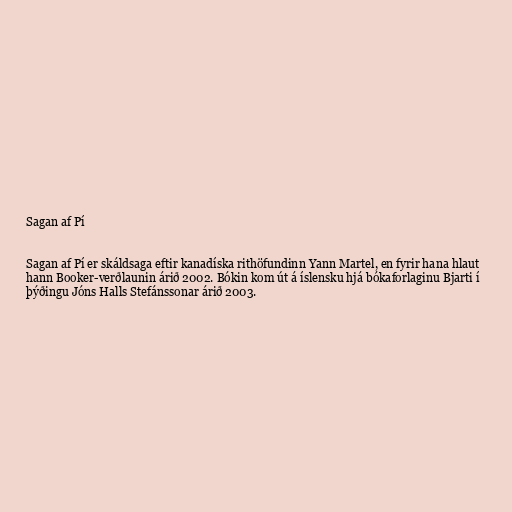
Sagan af Pí

Sagan af Pí er skáldsaga eftir kanadíska rithöfundinn Yann Martel, en fyrir hana hlaut
hann Booker-verðlaunin árið 2002. Bókin kom út á íslensku hjá bókaforlaginu Bjarti í
þýðingu Jóns Halls Stefánssonar árið 2003.